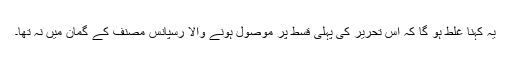
یہ کہنا غلط ہو گا کہ اس تحریر کی پہلی قسط پر موصول ہونے والا رسپانس مصنّف کے گمان میں نہ تھا۔